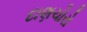
દાણચોરો